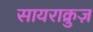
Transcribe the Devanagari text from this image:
सायराक्रुज़